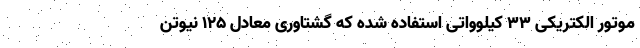
موتور الکتریکی 33 کیلوواتی استفاده شده که گشتاوری معادل 125 نیوتن